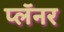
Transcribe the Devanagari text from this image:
प्लॅनर